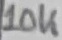
Text: 10K